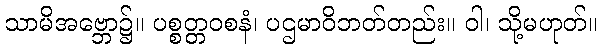
သာမိအဗ္ဘော၌။ ပစ္စတ္တဝစနံ၊ ပဌမာဝိဘတ်တည်း။ ဝါ၊ သို့မဟုတ်။